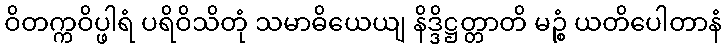
ဝိတက္ကဝိပ္ဖါရံ ပရိဝိသိတုံ သမာဓိယေယျ နိဒ္ဒိဋ္ဌတ္တာတိ မဉ္စံ ယတိပေါတာနံ